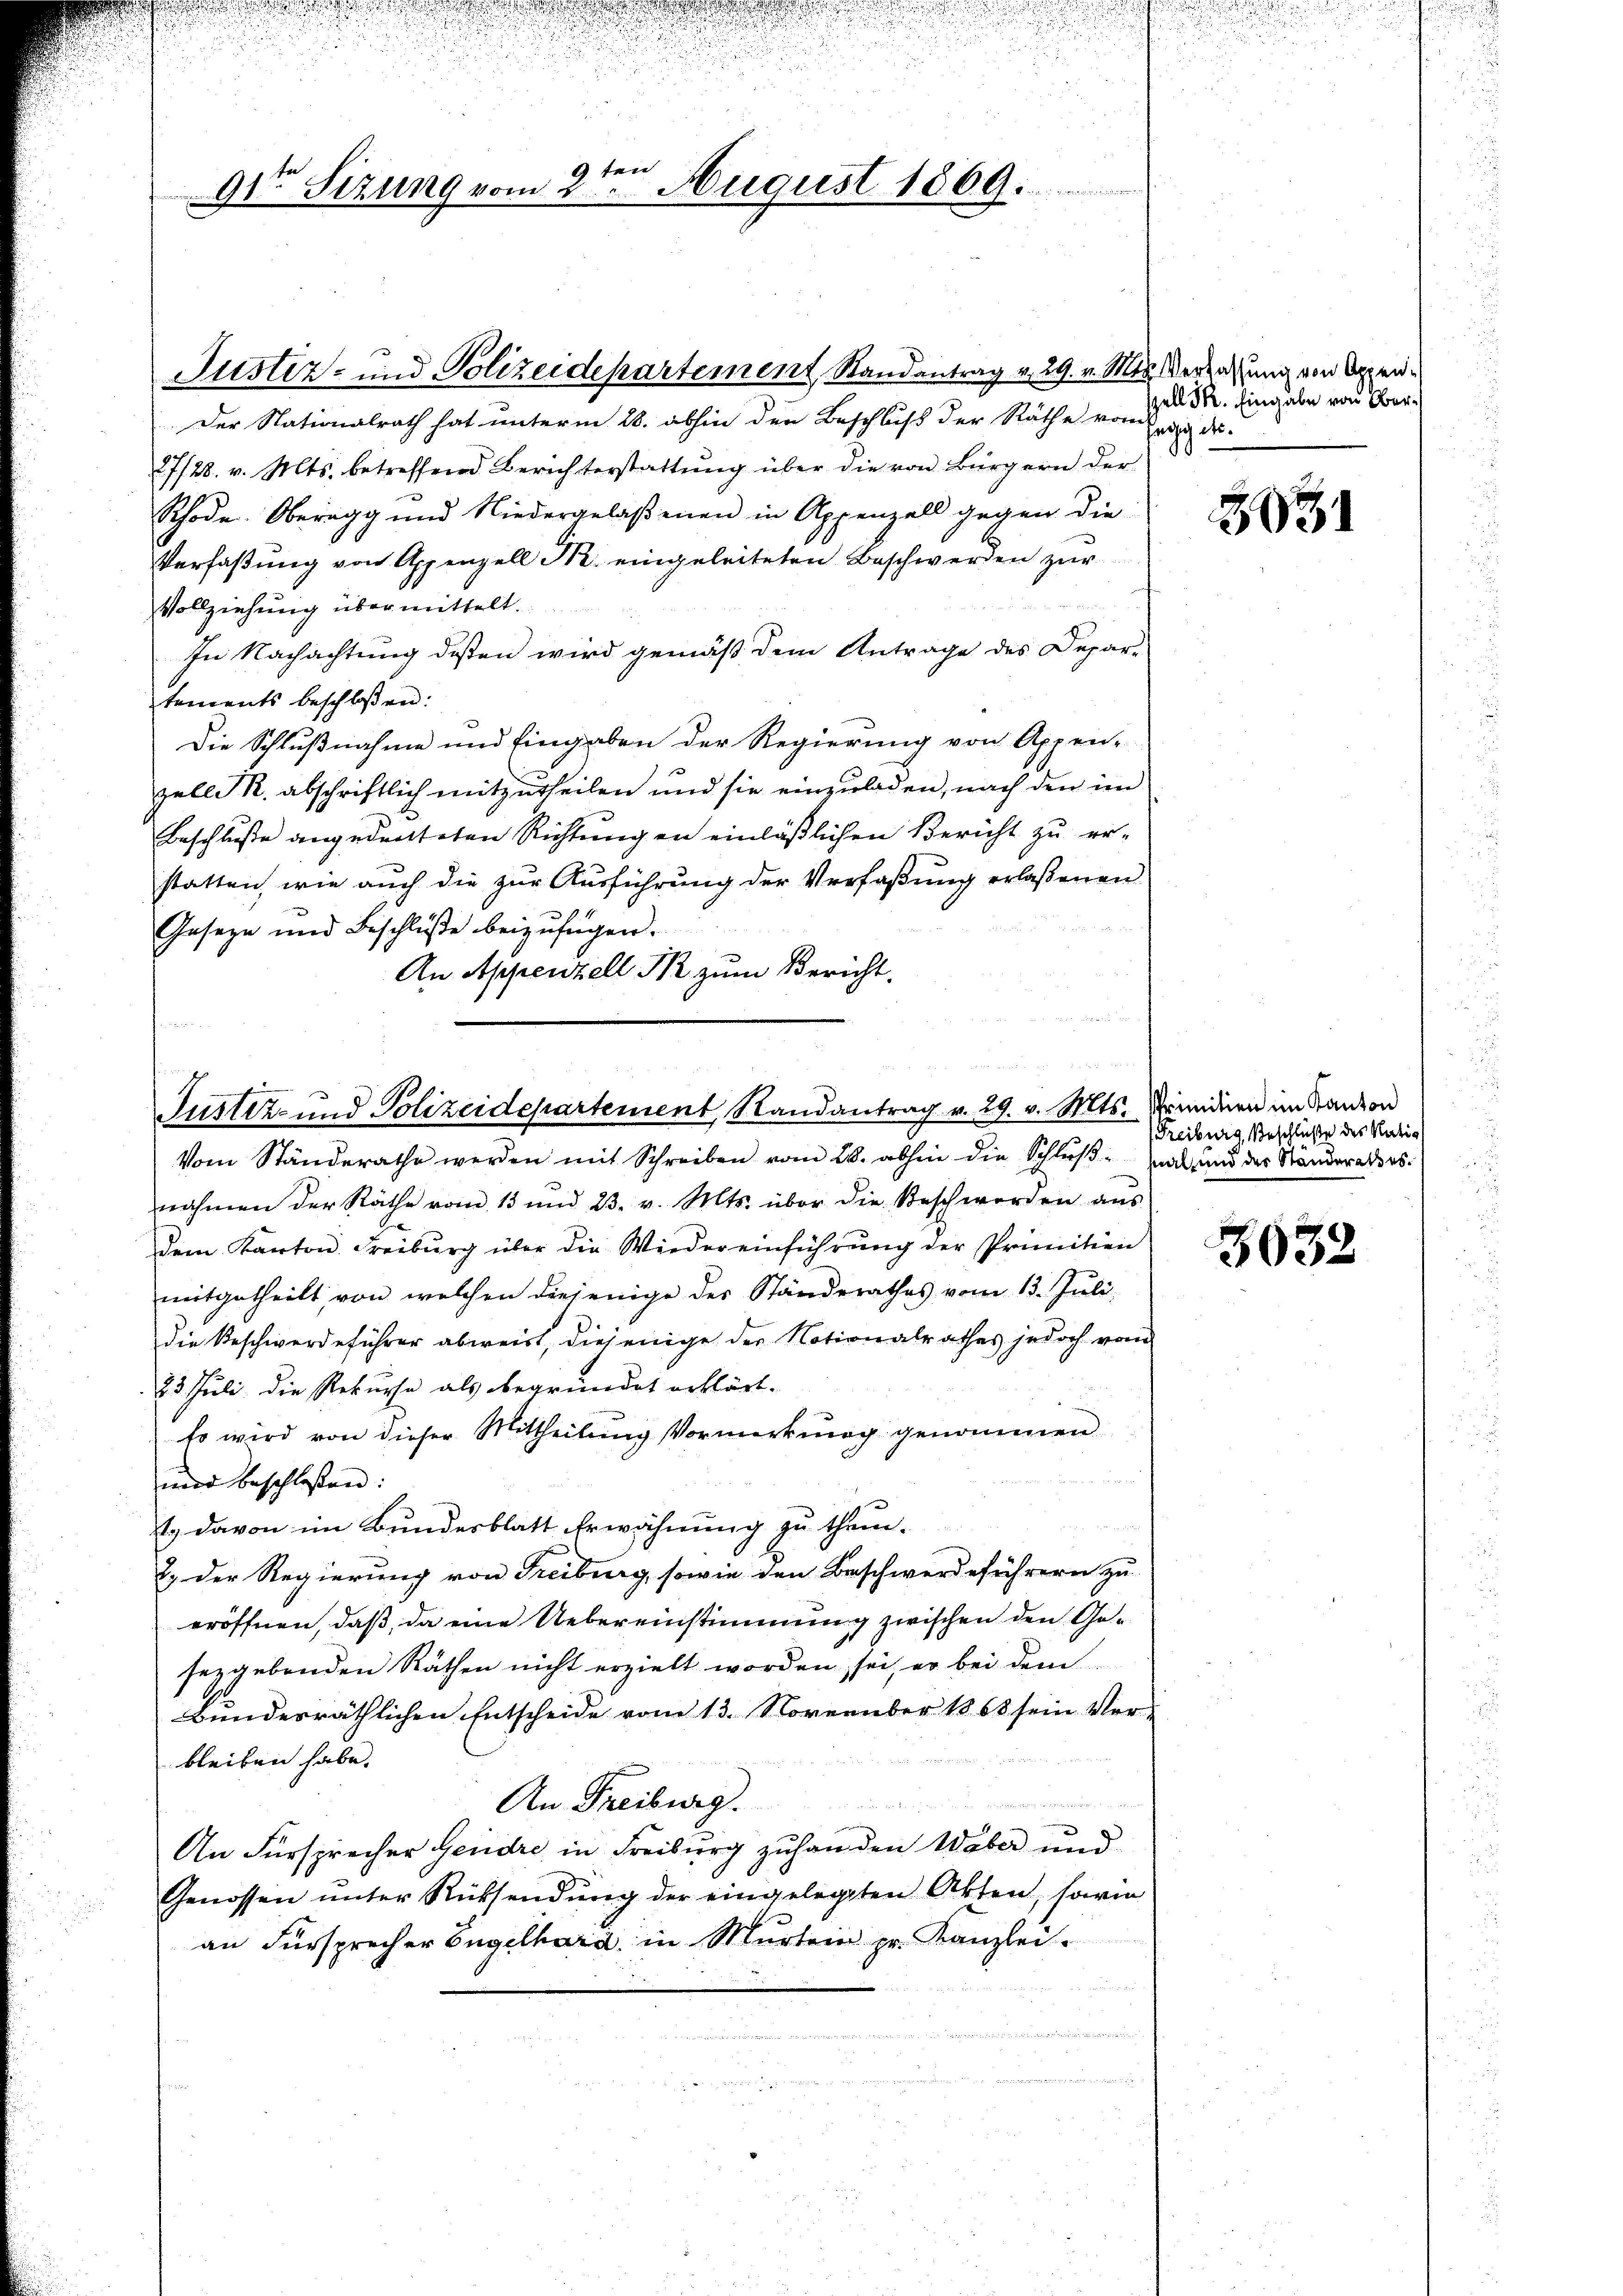
3 ten
91ten Sizung vom 2. August 1869.

Justiz- und Polizeidepartement Randantrag v. 29. v. Mts. Verlassung von Appen¬
Der Nationalrath hat unterm 28. abhin den Beschluß der Räthe vom Zug de
27/28. v. Mts. betreffend Berichterstattŭng über die von Bürgern der
Schode. Oberegg und Niedergelaßenen in Appenzell gegen die
Verfaßung von Appenzell Nr. eingeleiteten Beschwerden zur
Vollziehung übermittelt.
In Nachachtung dessen wird gemäß dem Antrage des Depar-
tements beschloßen:
Die Schlußnahme und Eingaben der Regierung von Appen-
zelli R. abschriftlich mitzŭtheilen und sie einzŭladen, nach den im
Beschluße angedeuteten Richtungen einläßlichen Bericht zu er-
statten, wie auch die zur Ausführung der Verfaßung erlaßenen
Geseze und Beschlüβe beizufügen.
An Appenzell K zum Bericht.

Justiz- und Polizeidepartement, Randantrag v. 29. v. Mts. Prindern im Standon

zell Sr. Eingabe von Ober¬

Vom Ständerathe werden mit Schreiben vom 28. abhin die Schluß hat und der Ständerates.
nahmen der Räthe vom 13 und 23. v. Mts. über die Beschwerden aŭs
dem Kanton Freiburg über die Wiedereinführung der Primitien
mitgetheilt, von welchen diejenige des Standerathes vom 13. Juli,
die Beschwerdeführer abweist, diejenige der Notionalrathes jedoch vom
23 Juli die Rekurse als begründet erklärt.
so wird von dieser Mittheilung Vormerkung genommen
und beschlossen:
1. davon im Bundesblatt Erwähnung zu them.
2.) Der Regierung von Freiburg, sowie den Beschwerdeführern zu
eröffnen, daß, da eine Uebereinstimmung zwischen den Gesergebenden Räthen nicht erzielt worden sei, er bei dem
Bunderräthlichen Entscheide vom 13. November 1863 sein Ver-
bleiben habe.
An Freiburg.
An Fürsprecher Gendre in Freiburg zuhanden Waber und
Genossen ŭnter Rücksendŭng der eingelegten Akten, sowie
an Fürsprecher Engelhard, in Murtein pr. Kanzlei.
¬

23

(Freiburg, Beschlüße des Natio

3032